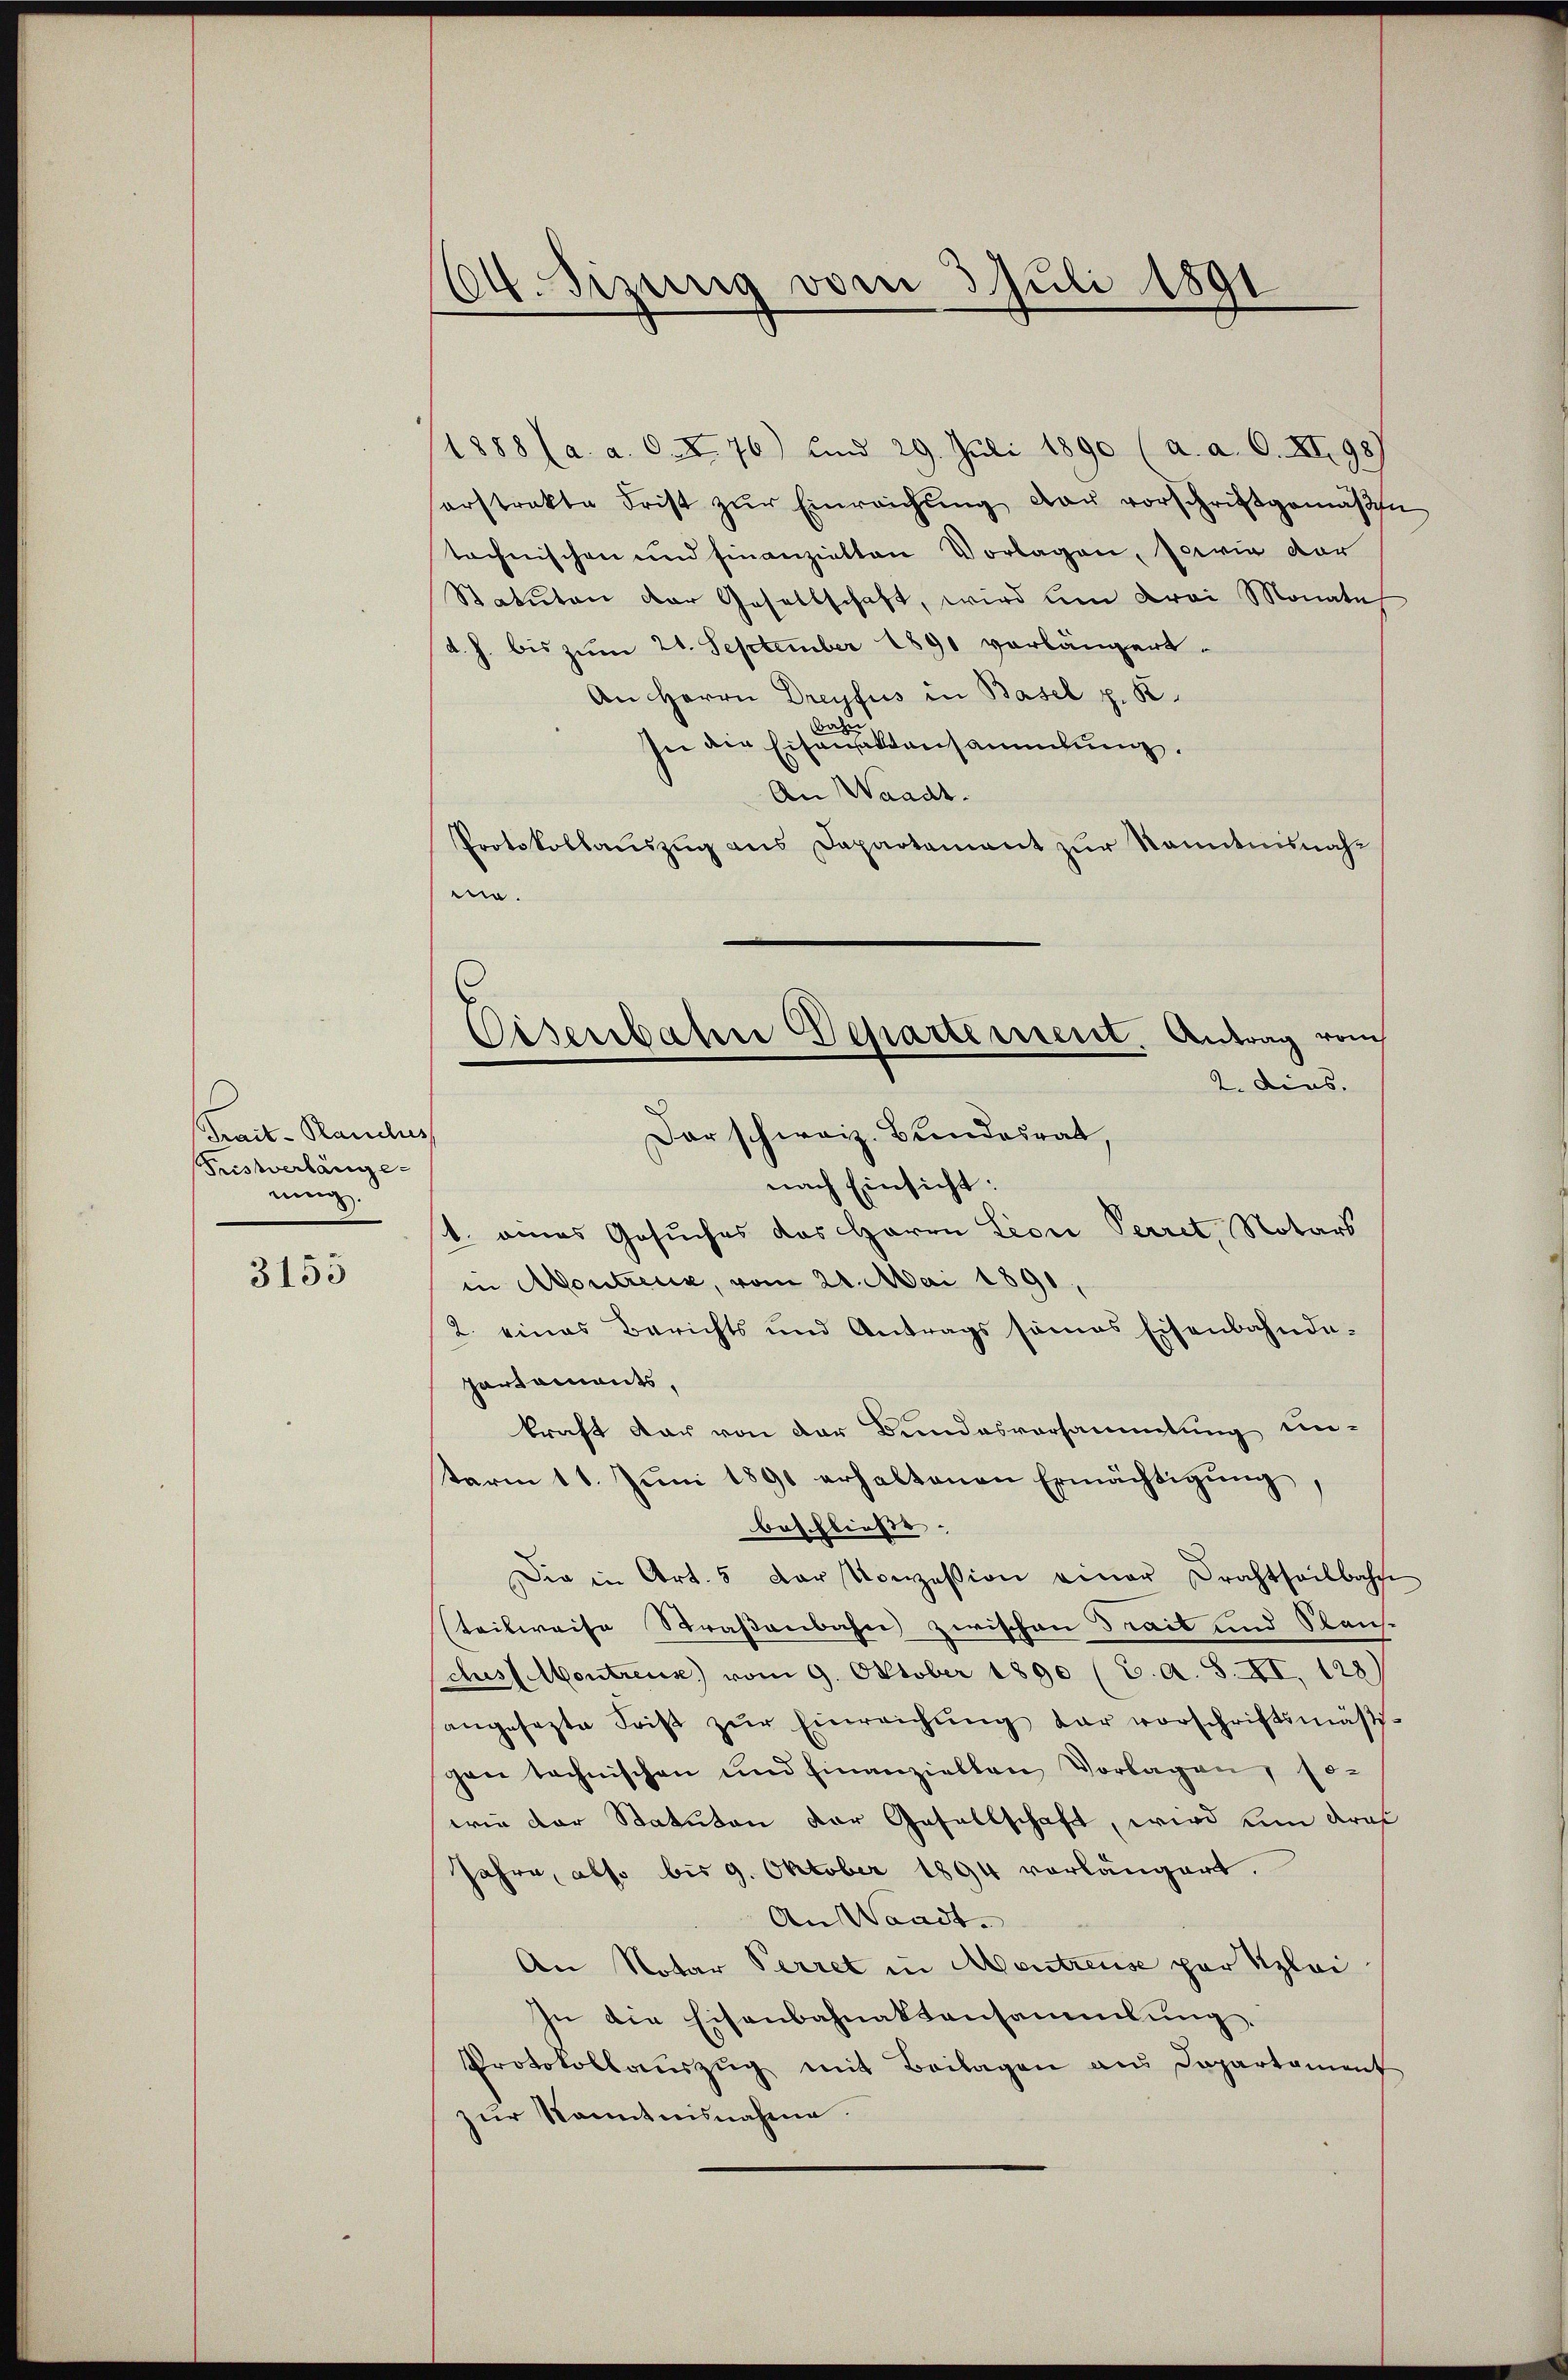
Prait-Panclus
Fristverlänge
nung.

3155

64. Sizung vom 3. Juli 1891

1888 (a. a. O. I 76) und 29. Juli 1890 (a. a. O. XI. 98)
orstrakte Frist zŭr Einreichŭng dar vorschriftgemäβe
technischen und finanzielten Vorlagen, sowie dar
Statuten der Gesellschaft, wird um drei Monate
d. h. bis zum 21. September 1891 vorlängert.
An Herrn Dreyfus in Basel p. K.
In die Eisenattansammlung.
An Waadt.
Protokollauszug aus Dapartament zur Kenntnisnahmo.
Dar schweiz. Bundesrat
nach Einsicht:
b. eines Gesuches das Herrn Liore Perret, Notars
in Montreux, vom 21. Mai 1891,
2. eines Berichts und Antrags seines Eisenbahnda-
partaments,
kraft dar von der Bundesvorsammlung un-
term 11. Jŭni 1891 erhaltenen Ermächtigŭng,
beschließe. |
Die in Art. 5 der Vocession einer Drahtheilbahn
steilweise Straßenbahn zwischen Trait und Stausches Montreus) vom 9. Oktober 1890 (C. a. S. XI. 128)
angesezte Frist zŭr Einreichŭng dar vorschriftsmäßigen technischen und finanziellen Vorlagen, so-
wie der Statuten der Gesellschaft, wird um Kraf
Jahre, also bis 9. Oktober 1894 vorlängert.
An Waadt.
An Notar Perret in Montreuse par Klei
In die Eisenbahnaktensammlung.
Protokollaŭszŭg mit Beilagen aus Departament
zur Kenntnisnahme.

Eisenbahre Departement. Antrag vom
2. Dies.

.